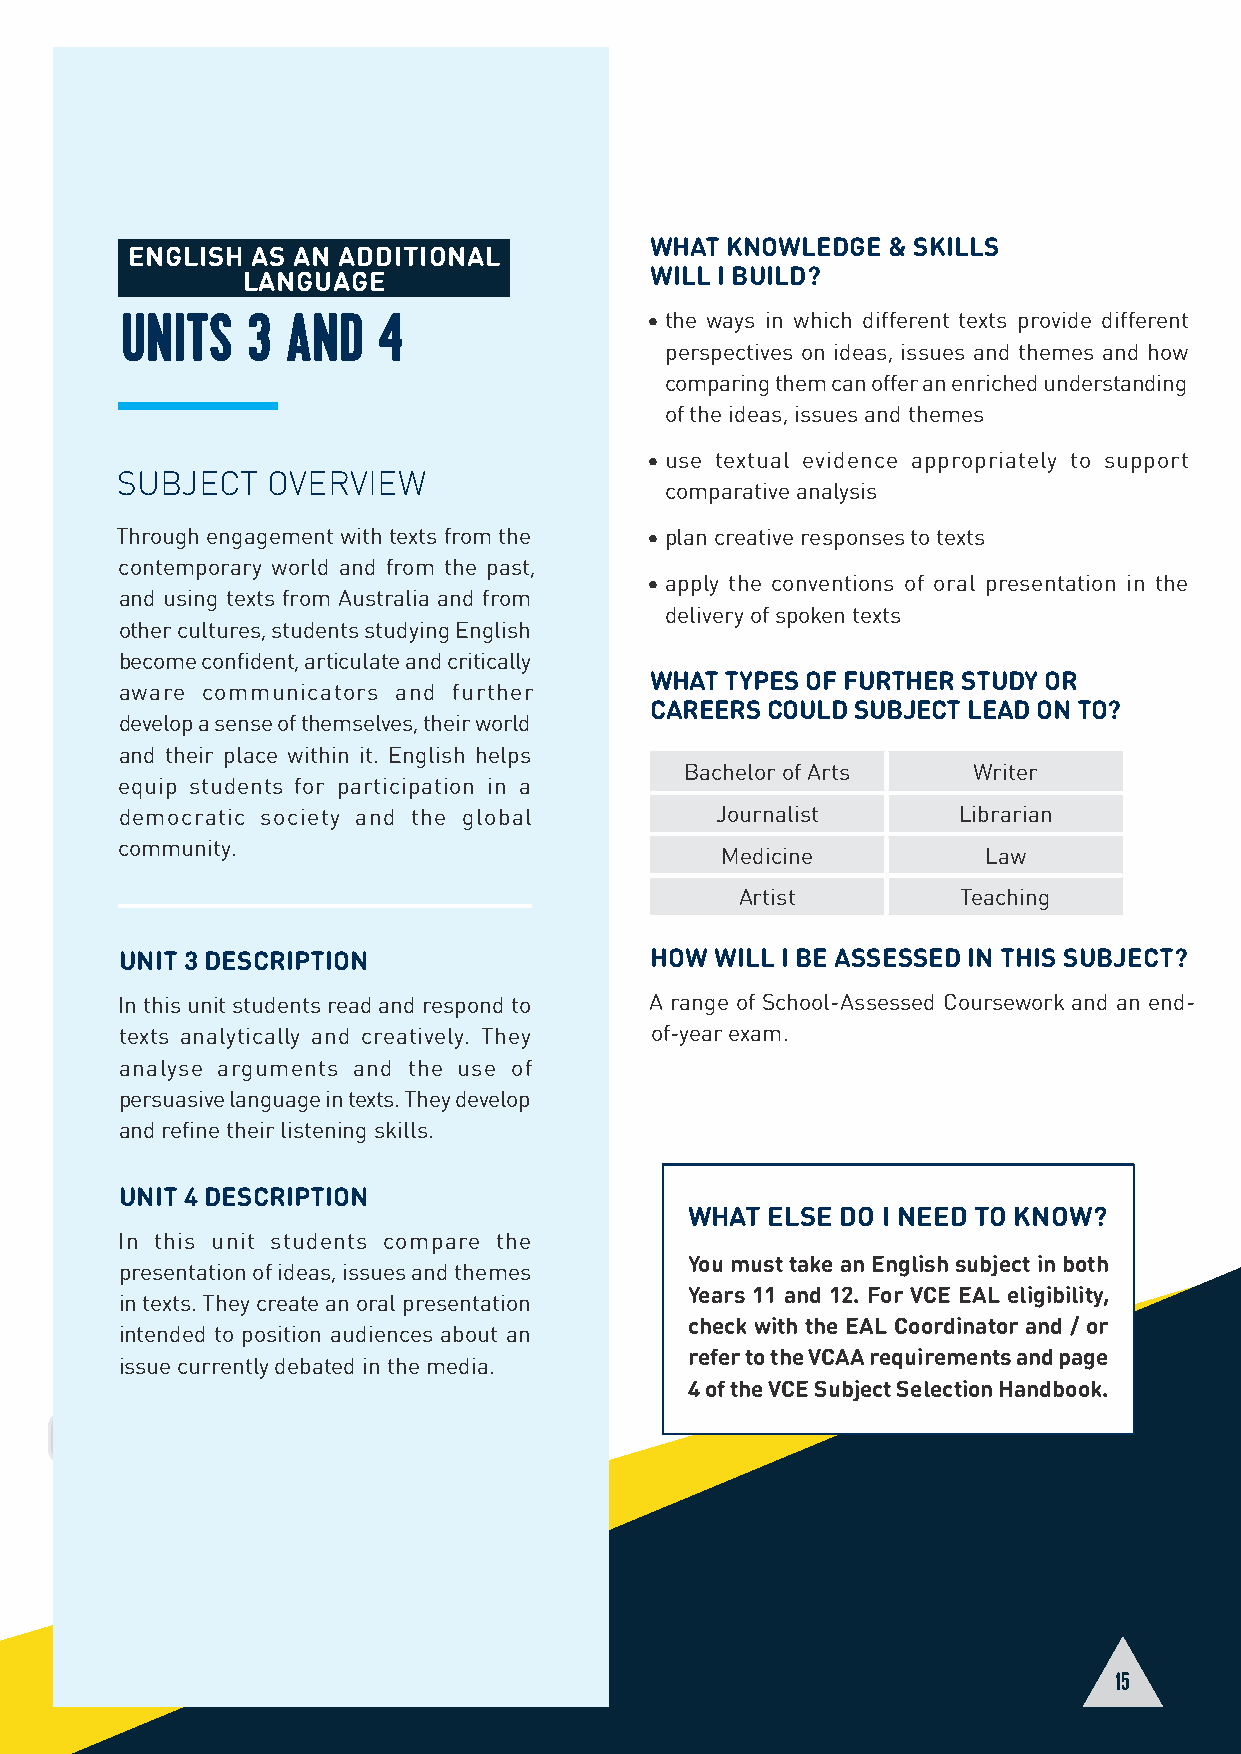
WHAT KNOWLEDGE  & SKILLS
 ENGLISH  AS AN ADDITIONAL
 ENGLIESNHGLISH
 LANGUAGE                   WILL I BUILD?
 UNITS   3  AND   4                 • the ways in which different texts provide different
 perspectives on ideas, issues and themes and how
 comparing them can offer an enriched understanding
 of the ideas, issues and themes
 • use textual evidence appropriately to support
 SUBJECT   OVERVIEW
 comparative analysis
 Through engagement with texts from the • plan creative responses to texts
 contemporary world and from the past,
 • apply the conventions of oral presentation in the
 and using texts from Australia and from
 delivery of spoken texts
 other cultures, students studying English
 become confident, articulate and critically
 WHAT TYPES OF FURTHER STUDY OR
 aware communicators and further
 CAREERS COULD SUBJECT LEAD ON TO?
 develop a sense of themselves, their world
 and their place within it. English helps
 Bachelor of Arts   Writer
 equip students for participation in a
 democratic society and the global      Journalist      Librarian
 community.
 Medicine         Law
 Artist         Teaching
 UNIT 3 DESCRIPTION                 HOW WILL I BE ASSESSED IN THIS SUBJECT?
 In this unit students read and respond to A range of School-Assessed Coursework and an end-
 texts analytically and creatively. They of-year exam.
 analyse arguments and the use of
 persuasive language in texts. They develop
 and refine their listening skills.
 UNIT 4 DESCRIPTION
 WHAT  ELSE DO I NEED TO KNOW?
 In this unit students compare the
 You must take an English subject in both
 presentation of ideas, issues and themes
 Years 11 and 12. For VCE EAL eligibility,
 in texts. They create an oral presentation
 check with the EAL Coordinator and / or
 intended to position audiences about an
 refer to the VCAA requirements and page
 issue currently debated in the media.
 4 of the VCE Subject Selection Handbook.
 15